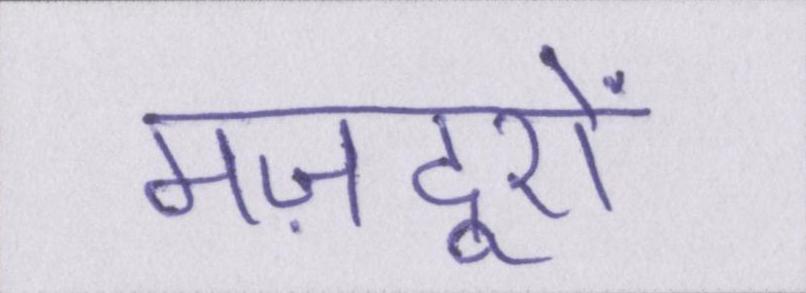
मज़दूरों